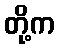
တို့က